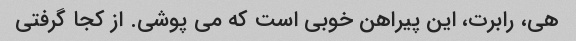
هی، رابرت، این پیراهن خوبی است که می پوشی. از کجا گرفتی